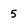
Character: 5